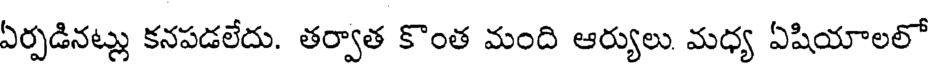
ఏర్పడినట్లు కనపడలేదు. తర్వాత కొంత మంది ఆర్యులు మధ్య ఏషియాలలో